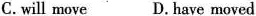
C.will move D. Have moved